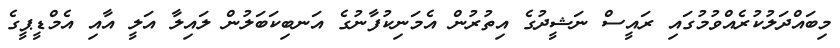
މިބައްދަލުކުރެއްވުމުގައި ރައީސް ނަޝީދުގެ އިތުރުން އެމަނިކުފާނުގެ އަނބިކަބަލުން ލައިލާ އަލީ އާއި އެމްޑީޕީގެ